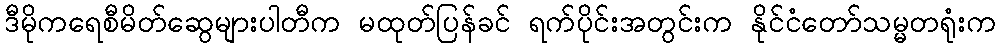
ဒီမိုကရေစီမိတ်ဆွေများပါတီက မထုတ်ပြန်ခင် ရက်ပိုင်းအတွင်းက နိုင်ငံတော်သမ္မတရုံးက